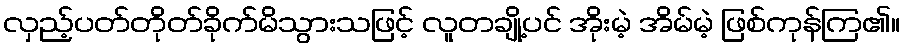
လှည့်ပတ်တိုတ်ခိုက်မိသွားသဖြင့် လူတချို့ပင် အိုးမဲ့ အိမ်မဲ့ ဖြစ်ကုန်ကြ၏။